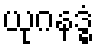
ယုဂနဒ္ဓံ